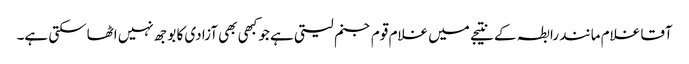
آقا غلام مانند رابطہ کے نتیجے میں غلام قوم جنم لیتی ہے جو کبھی بھی آزادی کا بوجھ نہیں اٹھاسکتی ہے۔